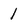
Character: 1